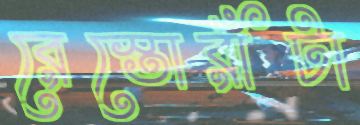
রেস্তোরাঁটা